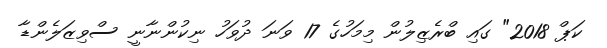
ކަޕް 2018" ގައި ބްރެޒިލުން މިމަހުގެ 17 ވަނަ ދުވަހު ނިކުންނާނީ ސްވިޒަލެންޑާ